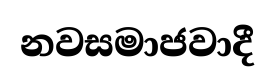
නවසමාජවාදී